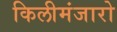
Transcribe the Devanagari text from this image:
किलीमंजारो